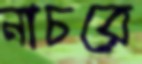
নাচরে